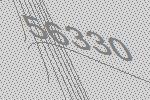
56330